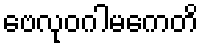
ဗေလုဝဂါမကေတိ